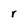
Character: r